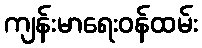
ကျန်းမာရေးဝန်ထမ်း